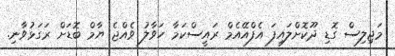
މަޖިލިސް ގޮޑި ދޫކޮށްލައިފަ އެފްއޭއެމް ރައީސްކަމާ ހަވާލު ވެއްޖެ ޔާމް ބޮޑަށް ރަގަޅުވާނި.